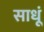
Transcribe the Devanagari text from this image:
साधूं